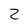
Character: Z